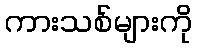
ကားသစ်များကို